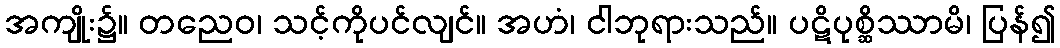
အကျိုး၌။ တညေဝ၊ သင့်ကိုပင်လျင်။ အဟံ၊ ငါဘုရားသည်။ ပဋိပုစ္ဆိဿာမိ၊ ပြန်၍